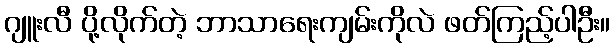
ဂျူးလီ ပို့လိုက်တဲ့ ဘာသာရေးကျမ်းကိုလဲ ဖတ်ကြည့်ပါဦး။